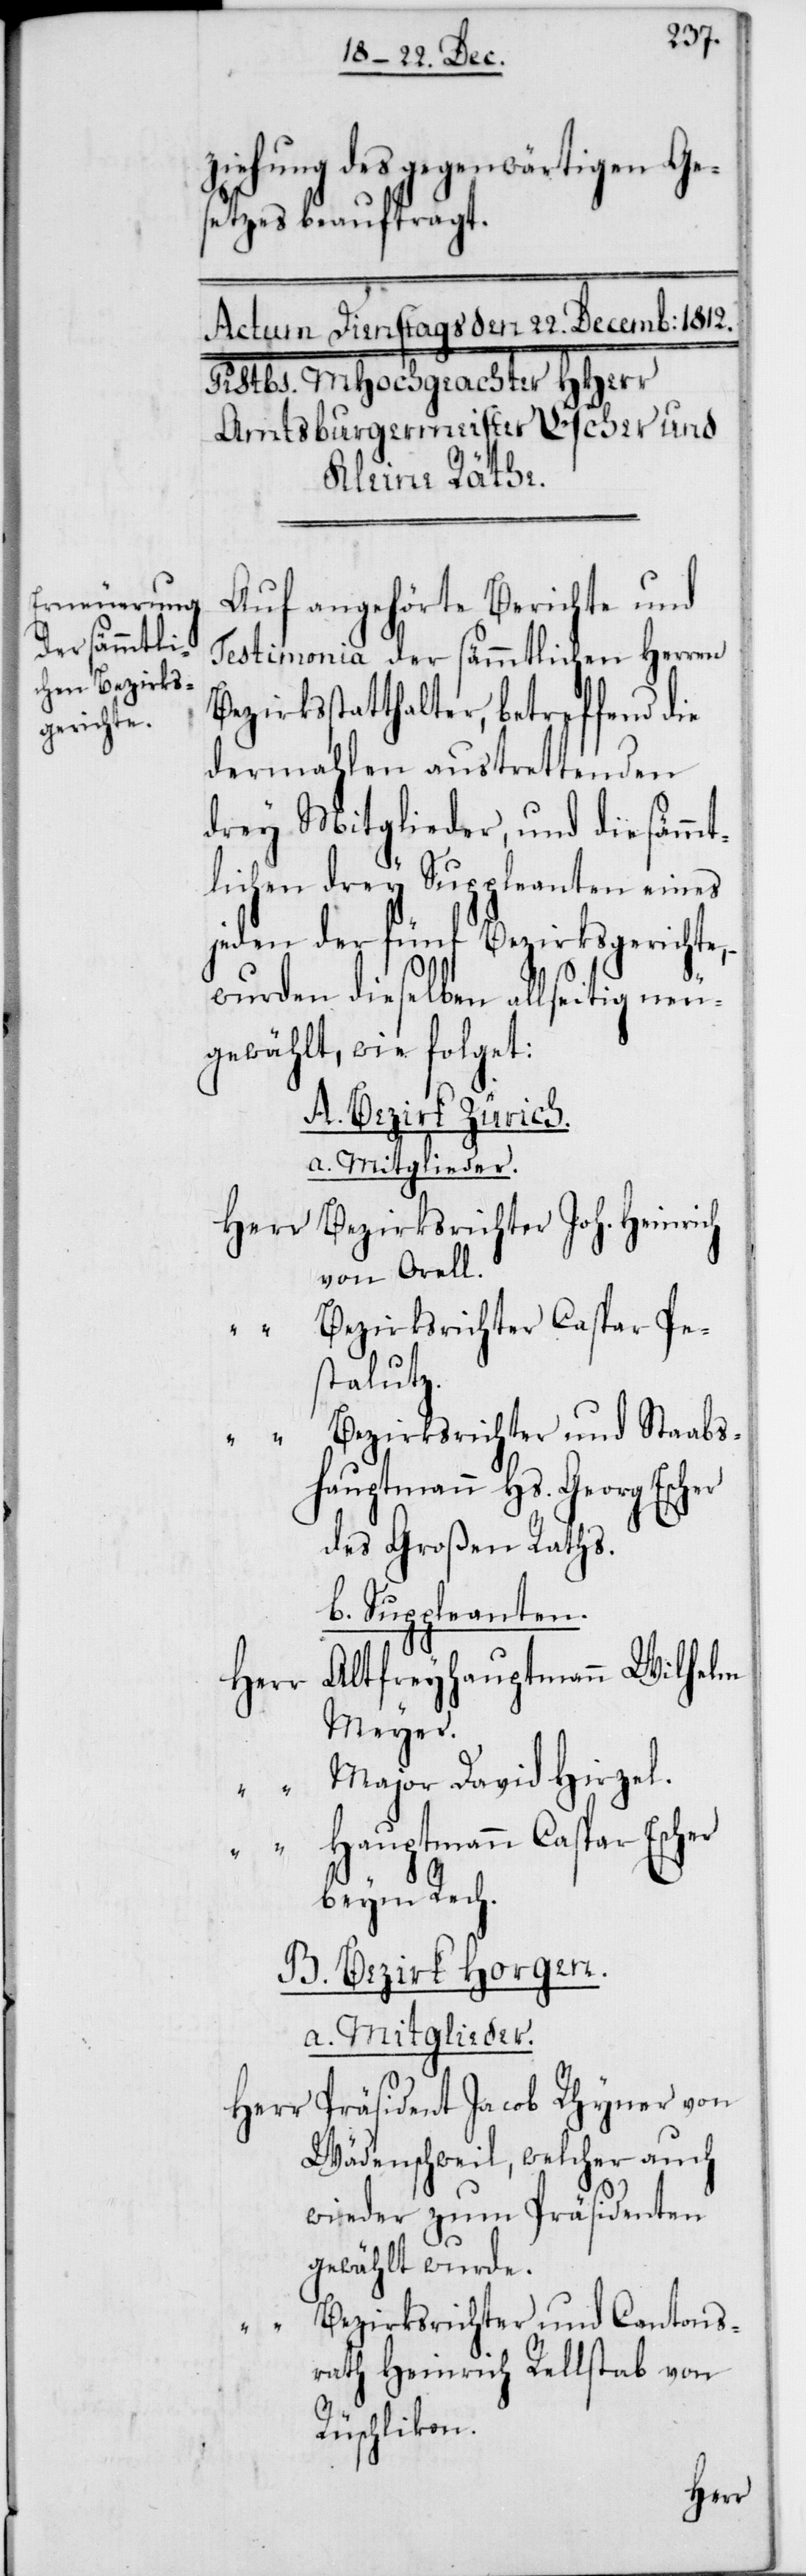
ziehung des gegenwärtigen Ge¬
setzes beauftragt.
Auf angehörte Berichte und
Testimonia der sämmtlichen Herren
Bezirksstatthalter, betreffend die
dermahlen austrettenden
drey Mitglieder, und die sämmt¬
lichen drey Suppleanten eines
jeden der fünf Bezirksgerichte,
wurden dieselben allseitig neu¬
gewählt, wie folget:
A. Bezirk Zürich.
a. Mitglieder.
Bezirksrichter Joh. Heinrich
von Orell.
Bezirksrichter Caspar Pe¬
stalutz.
Bezirksrichter und Staabs¬
hauptmann Hs. Georg Escher
des Großen Raths.
b) Suppleanten.
Altfreyhauptmann Wilhelm
Meyer.
Major David Hirzel.
Hauptmann Caspar Escher
beym Rech.
B. Bezirk Horgen.
a. Mitglieder.
Präsident Jacob Rhyner von
Wädenschweil, welcher auch
wieder zum Präsidenten
gewählt wurde.
Bezirksrichter und Cantons¬
rath Heinrich Rellstab von
Rüschlikon.
Herr